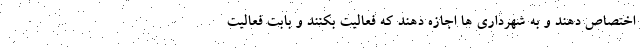
اختصاص دهند و به شهرداری ها اجازه دهند که فعالیت بکنند و بابت فعالیت